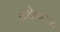
તરોતાઝા